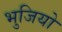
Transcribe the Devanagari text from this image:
भुजियो